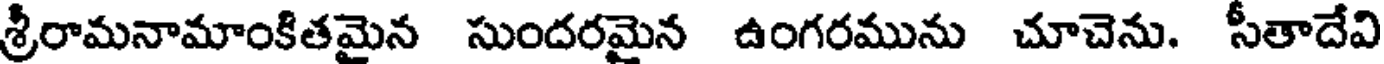
శ్రీరామనామాంకితమైన సుందరమైన ఉంగరమును చూచెను. సీతాదేవి